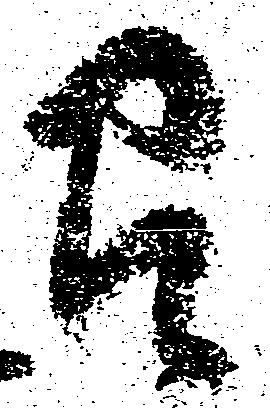
召